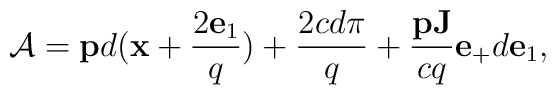
{\cal A}={\bf p}d({\bf x}+\frac{2{\bf e}_1}{q})+ \frac{2cd\pi}{q}+\frac{{\bf pJ}}{cq}{\bf e}_+d{\bf e}_1,